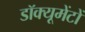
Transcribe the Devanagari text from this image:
डॉक्यूमेंटों